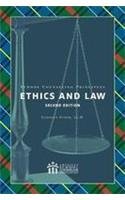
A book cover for School Counseling Principles: Ethics and Law, 2nd Edition; Carolyn Stone; Business & Money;